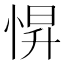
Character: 𢛿